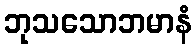
ဘုသသောဘမာနံ